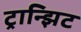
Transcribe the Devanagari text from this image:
ट्रान्झिट